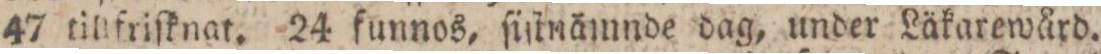
47 tillfriſknat. 24 funnos, ſiſtnämnde dag, under Läkarewård.